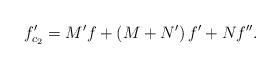
LaTeX: \begin{align*}f_{c_{2}}^{\prime }=M^{\prime }f+\left( M+N^{\prime }\right) f^{\prime}+Nf^{\prime \prime }. \end{align*}